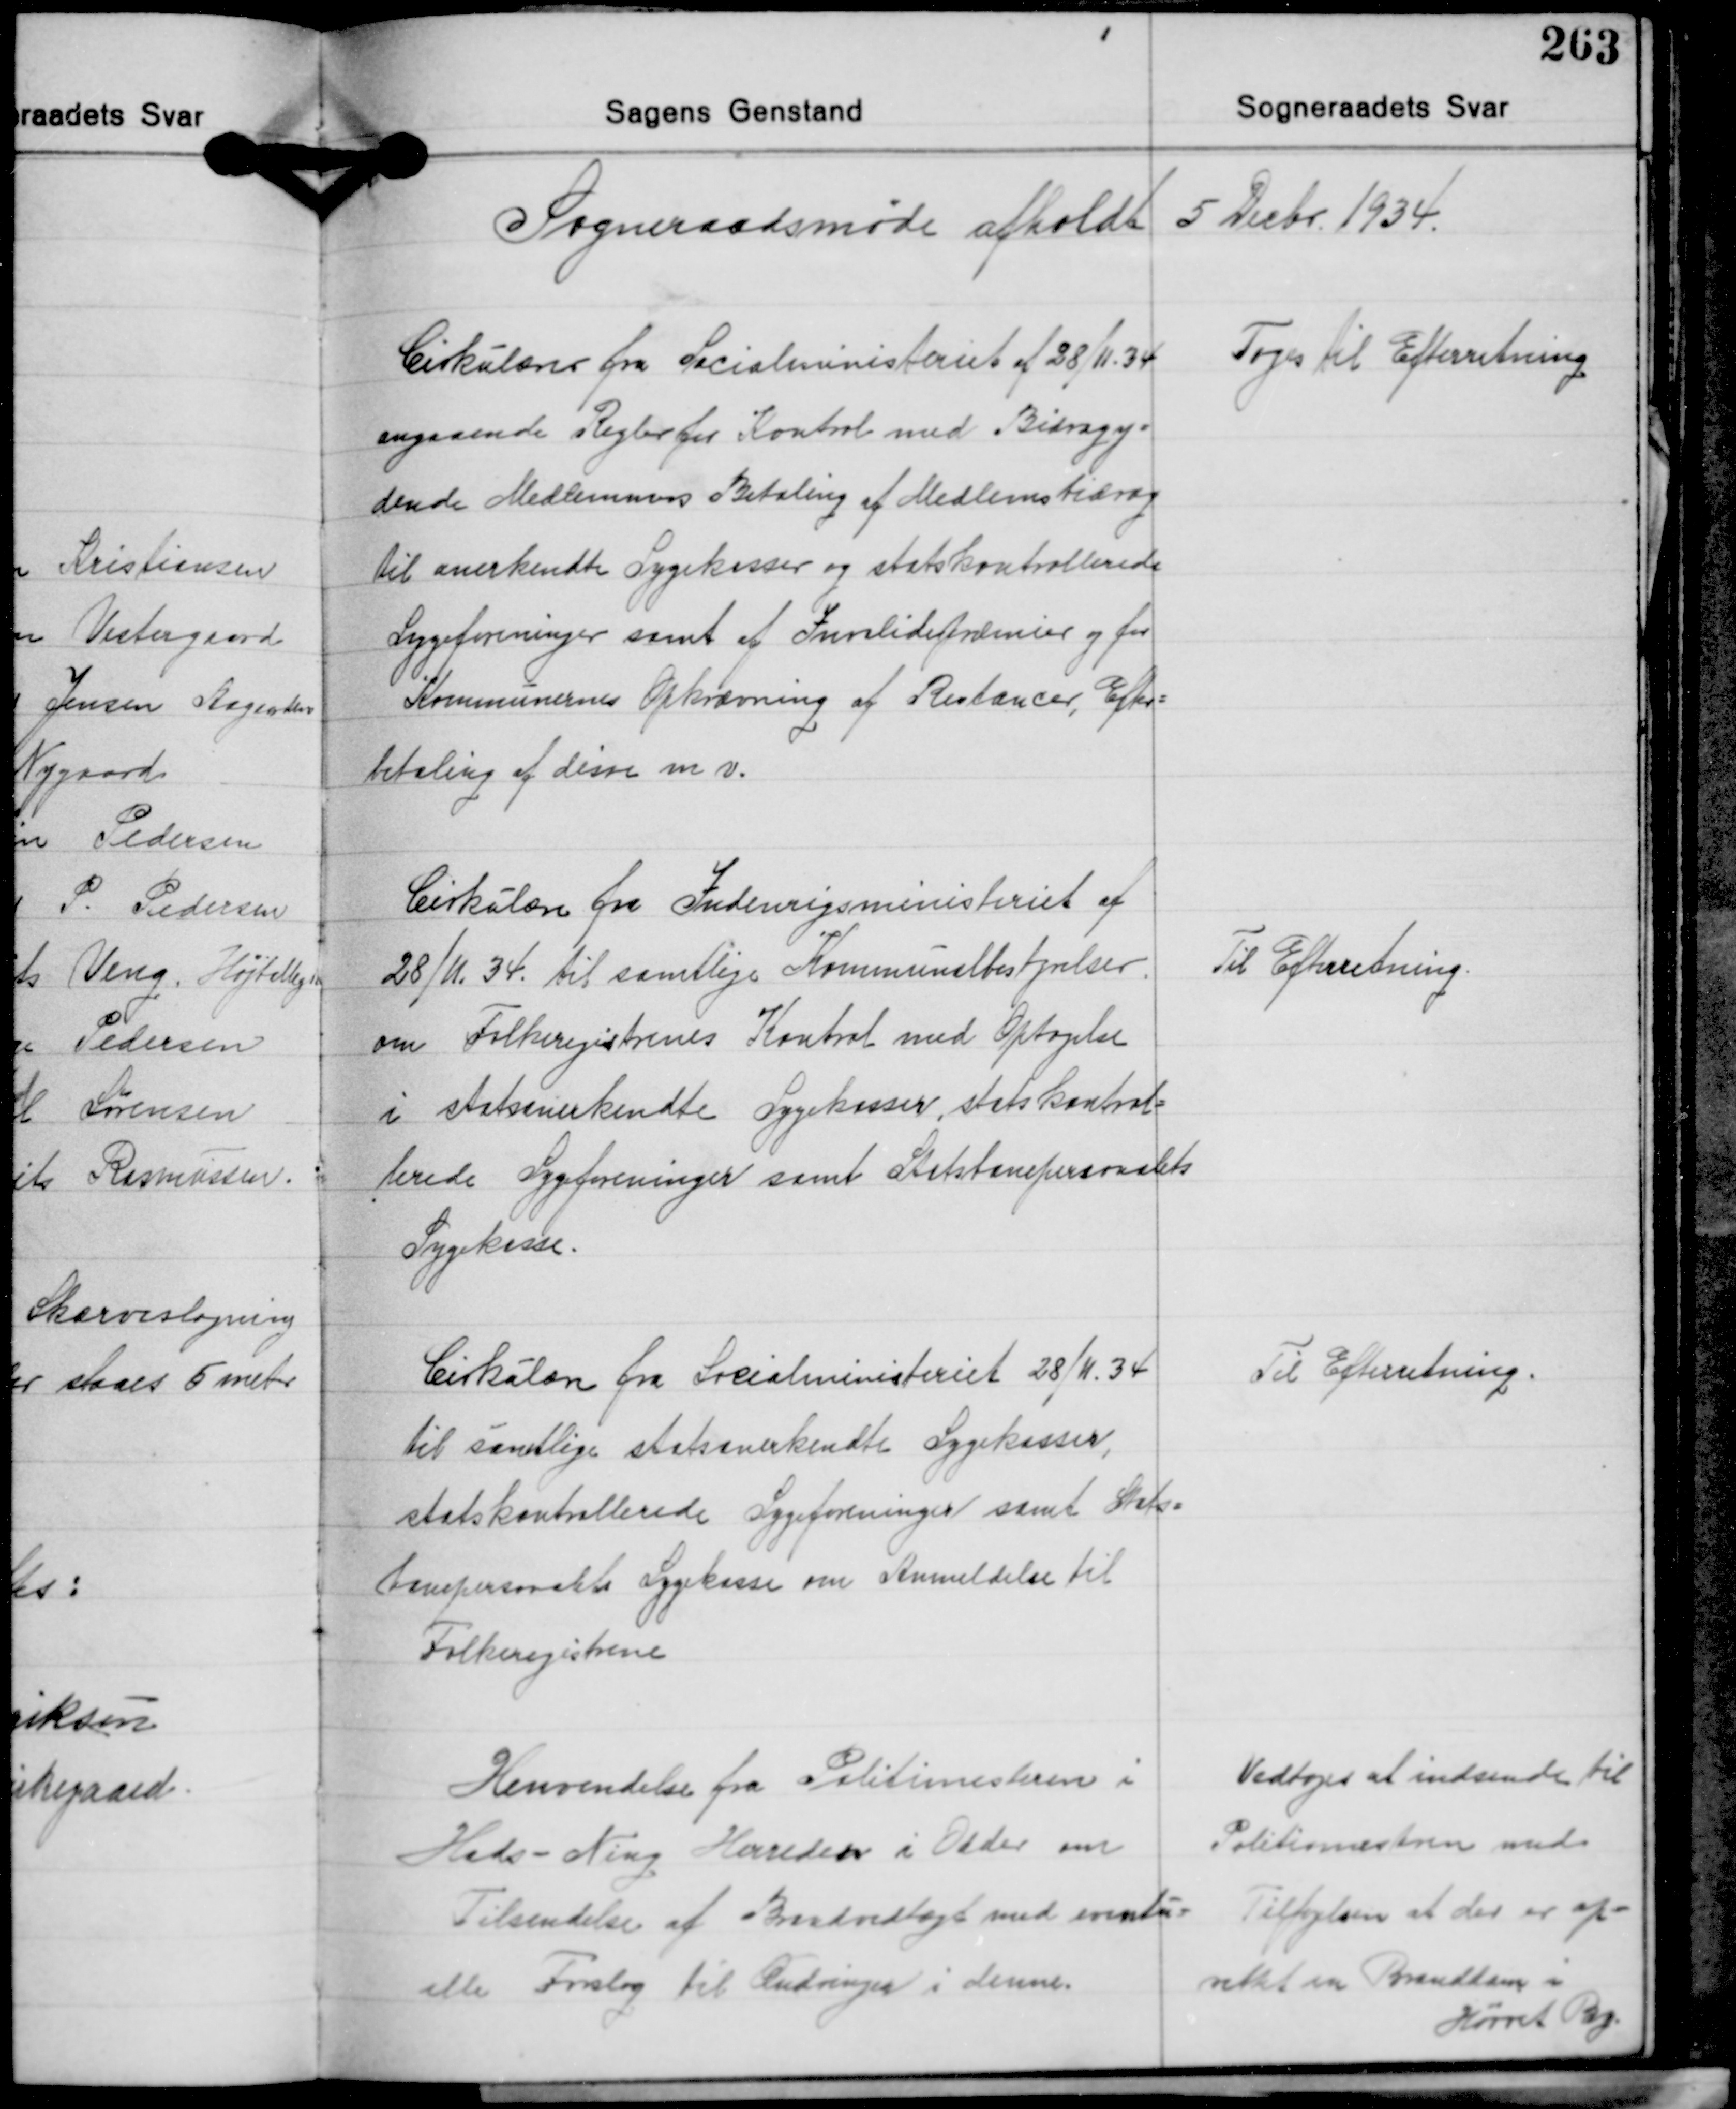
Transskription:
Sogneraadsmøde afholdt 5 Decbr. 1934.

Cirkulærer fra Socialministeriet af 28/11 34
angaaende Regler for Kontrol med Bidragy-
dende Medlemmers Betaling af Medlemsbidrag
til anerkendte Sygekasser og statskontrollerede
Sygeforeninger samt af Invalidepræmier og for
Kommunernes Opkrævning af Restancer, Efter-
betaling af disse m.v.

Toges til Efterretning

Cirkulære fra Indenrigsministeriet af
28/11 34. til samtlige Kommunalbestyrelser
om Folkeregistrenes Kontrol med Optagelse
i statsanerkendte Sygekasser, statskontrol-
lerede Sygeforeninger samt Statsbanepersonalets
Sygekasse.

Til Efterretning.

Cirkulære fra Socialministeriet 28/11 34
til samtlige statsanerkendte Sygekasser,
statskontrallerede Sygeforeninger samt Stats-
banepersonalets Sygekasse om Anmeldelse til
Folkeregistrene

Til Efterretning.

Henvendelse fra Politimesteren i
Hads - Ning Herreder i Odder om
Tilsendelse af Brandvedtægt med eventu-
elle Forslag til Ændringer i denne.

Vedtoges at indsende til
Politimesteren med
Tilføjelsen at der er op-
rettet en Branddam i
Hørret By.